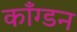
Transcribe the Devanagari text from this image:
काँग्डन